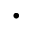
\cdot